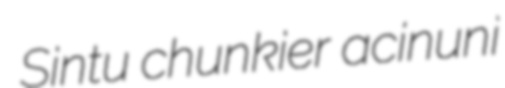
Sintu chunkier acinuni